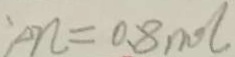
: \Delta n = 0 . 8 m o l